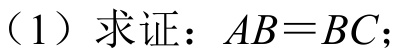
（1）求证：\(AB = BC\)；